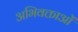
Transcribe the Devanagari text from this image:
अभिवक्ताओं